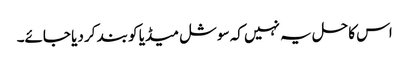
اس کا حل یہ نہیں کہ سوشل میڈیا کو بند کر دیا جائے۔